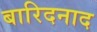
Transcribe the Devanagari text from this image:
बारिदनाद